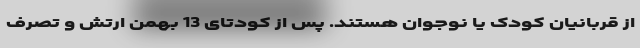
از قربانیان کودک یا نوجوان هستند. پس از کودتای 13 بهمنِ ارتش و تصرف